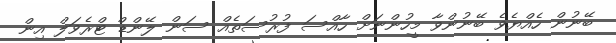
ބޭނުން ހެއްޔެވެ ބޭނުންވާ މީހުންނަށް ހާއްސަ ފުރުސަތެއް ސަން ލޭންޑް ޓްރެވަލް އިން